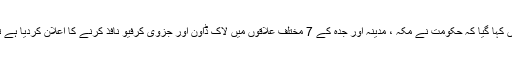
سعودی عرب کی وزارت داخلہ کے ایک بیان میں کہا گیا کہ حکومت نے مکہ ، مدینہ اور جدہ کے 7 مختلف علاقوں میں لاک ڈاؤن اور جزوی کرفیو نافذ کرنے کا اعلان کردیا ہے تاکہ کورونا وائرس کے پھیلاؤ کو روکا جاسکے۔